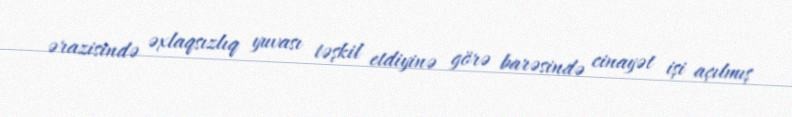
ərazisində əxlaqsızlıq yuvası təşkil etdiyinə görə barəsində cinayət işi açılmış